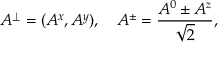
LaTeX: A ^ { \perp } = ( A ^ { x } , A ^ { y } ) , \quad A ^ { \pm } = \frac { A ^ { 0 } \pm A ^ { z } } { \sqrt { 2 } } ,